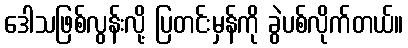
ဒေါသဖြစ်လွန်းလို့ ပြတင်းမှန်ကို ခွဲပစ်လိုက်တယ်။